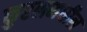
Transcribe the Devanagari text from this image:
कुरलमधील